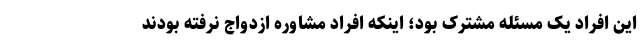
این افراد یک مسئله مشترک بود؛ اینکه افراد مشاوره ازدواج نرفته بودند